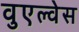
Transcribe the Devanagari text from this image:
वुएल्वेस